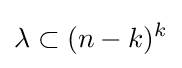
\lambda \subset (n-k)^{k}